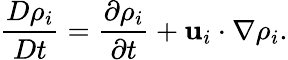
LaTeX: \frac{D\rho_{i}}{Dt}=\frac{\partial\rho_{i}}{\partial t}+\mathbf{u}_{i}\cdot\nabla\rho_{i}.